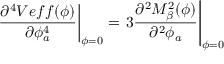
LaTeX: \left. \frac { \partial ^ { 4 } V e f f ( \phi ) } { \partial \phi _ { a } ^ { 4 } } \right| _ { \phi = 0 } = \left. 3 \frac { \partial ^ { 2 } M _ { \beta } ^ { 2 } ( \phi ) } { \partial ^ { 2 } \phi _ { a } } \right| _ { \phi = 0 }